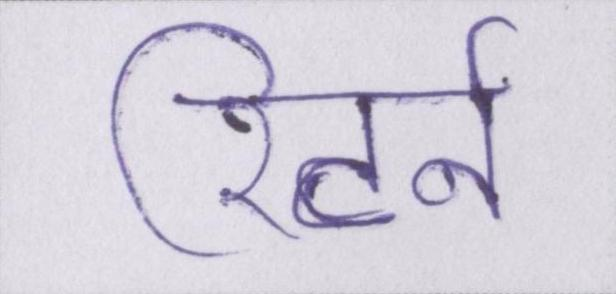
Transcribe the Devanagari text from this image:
रिटर्न